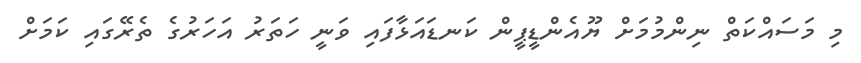
މި މަސައްކަތް ނިންމުމަށް ޔޫއެންޑީޕީން ކަނޑައަޅާފައި ވަނީ ހަތަރު އަހަރުގެ ތެރޭގައި ކަމަށް